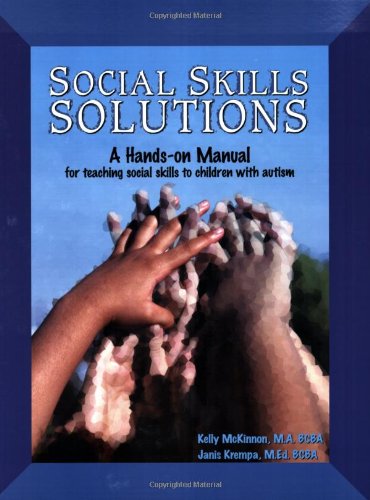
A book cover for Social Skills Solutions: A Hands-On Manual for Teaching Social Skills to Children with Autism; Kelly McKinnon; Health, Fitness & Dieting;